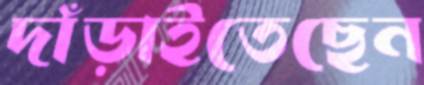
দাঁড়াইতেছেন